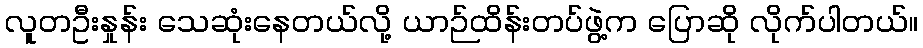
လူတဦးနှုန်း သေဆုံးနေတယ်လို့ ယာဉ်ထိန်းတပ်ဖွဲ့က ပြောဆို လိုက်ပါတယ်။